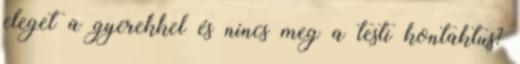
eleget a gyerekkel és nincs meg a testi kontaktus?